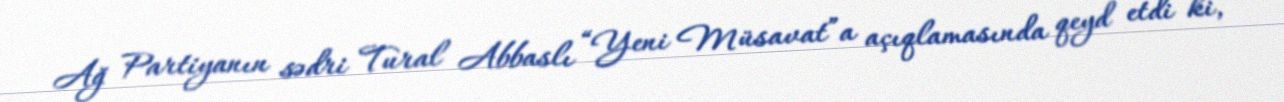
Ağ Partiyanın sədri Tural Abbaslı “Yeni Müsavat”a açıqlamasında qeyd etdi ki,